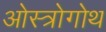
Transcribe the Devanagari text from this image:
ओस्त्रोगोथ